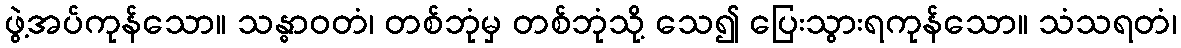
ဖွဲ့အပ်ကုန်သော။ သန္ဓာဝတံ၊ တစ်ဘုံမှ တစ်ဘုံသို့ သေ၍ ပြေးသွားရကုန်သော။ သံသရတံ၊